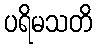
ပရိမသတိ